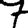
Digit: 7